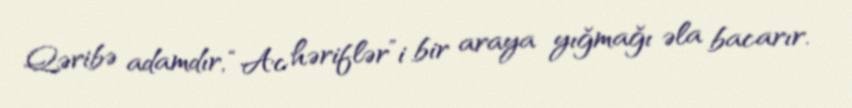
Qəribə adamdır, “Ac həriflər”i bir araya yığmağı əla bacarır.